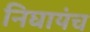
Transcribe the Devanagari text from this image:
निघायंच